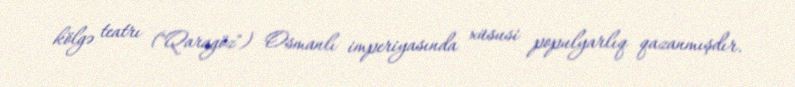
kölgə teatrı ("Qaragöz") Osmanlı imperiyasında xüsusi populyarlıq qazanmışdır.